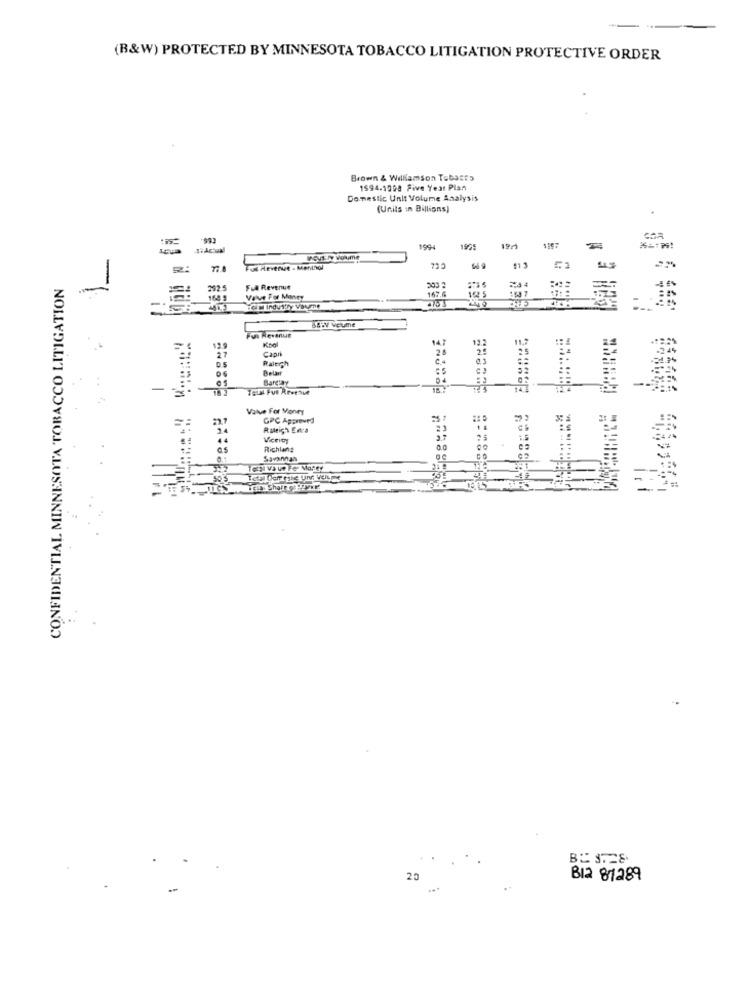
(B&W) PROTECTED BY MINNESOTA TOBACCO LITIGATION PROTECTIVE ORDER
Brown & Williamson Tubatts
1594.1998 Five Year Plan
Domestic Unit Volume Analysis
(Units in Billions]
199
1975
19/
****=!
BREVET Volime
Ful Revenue - Menthol
CONFIDENTIAL MINNESOTA TOBACCO LITIGATION
-
-
Ful Revenue
167.6
152 5
1507
164 :
Value For Money
Baby Veume
Fui Revenue
12 9
Capri
27
Raleigh
Belair
Bargay
Talat Put Revenue
Value For Money
GPC Approved
Raleigh Entra
Viceroy
Richlang
Savannas
20
BIR 81289